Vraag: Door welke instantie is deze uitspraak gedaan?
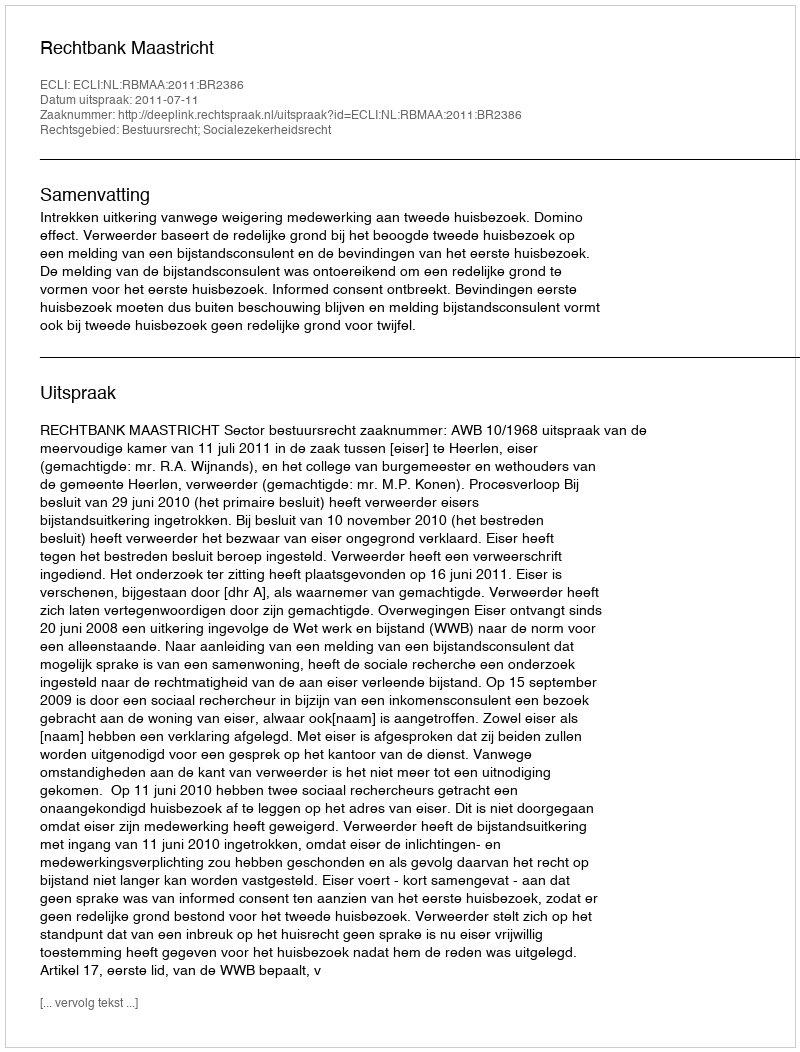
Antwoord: Rechtbank Maastricht